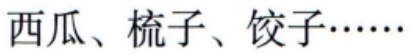
西瓜、梳子、饺子……